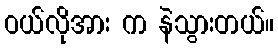
ဝယ်လိုအား က နဲသွားတယ်။